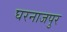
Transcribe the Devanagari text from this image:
घरनाजपुर